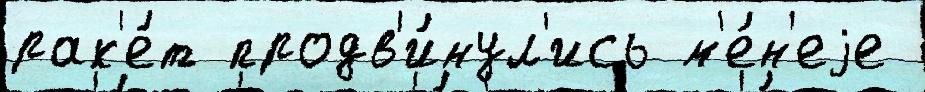
рак'е́т продв'и́нул'ись м'е́н'еjе